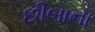
છીબાના